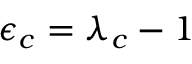
\epsilon _ { c } = \lambda _ { c } - 1